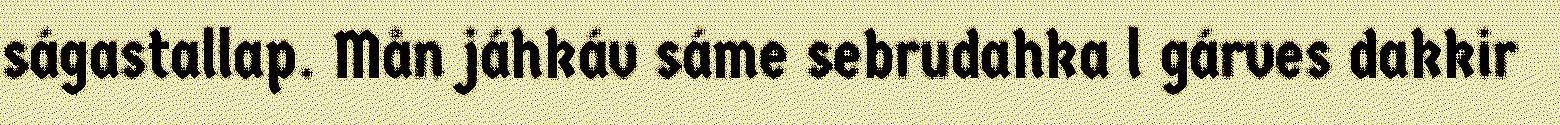
ságastallap. Mån jáhkáv sáme sebrudahka l gárves dakkir